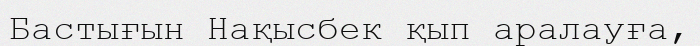
Бастығын Нақысбек қып аралауға,